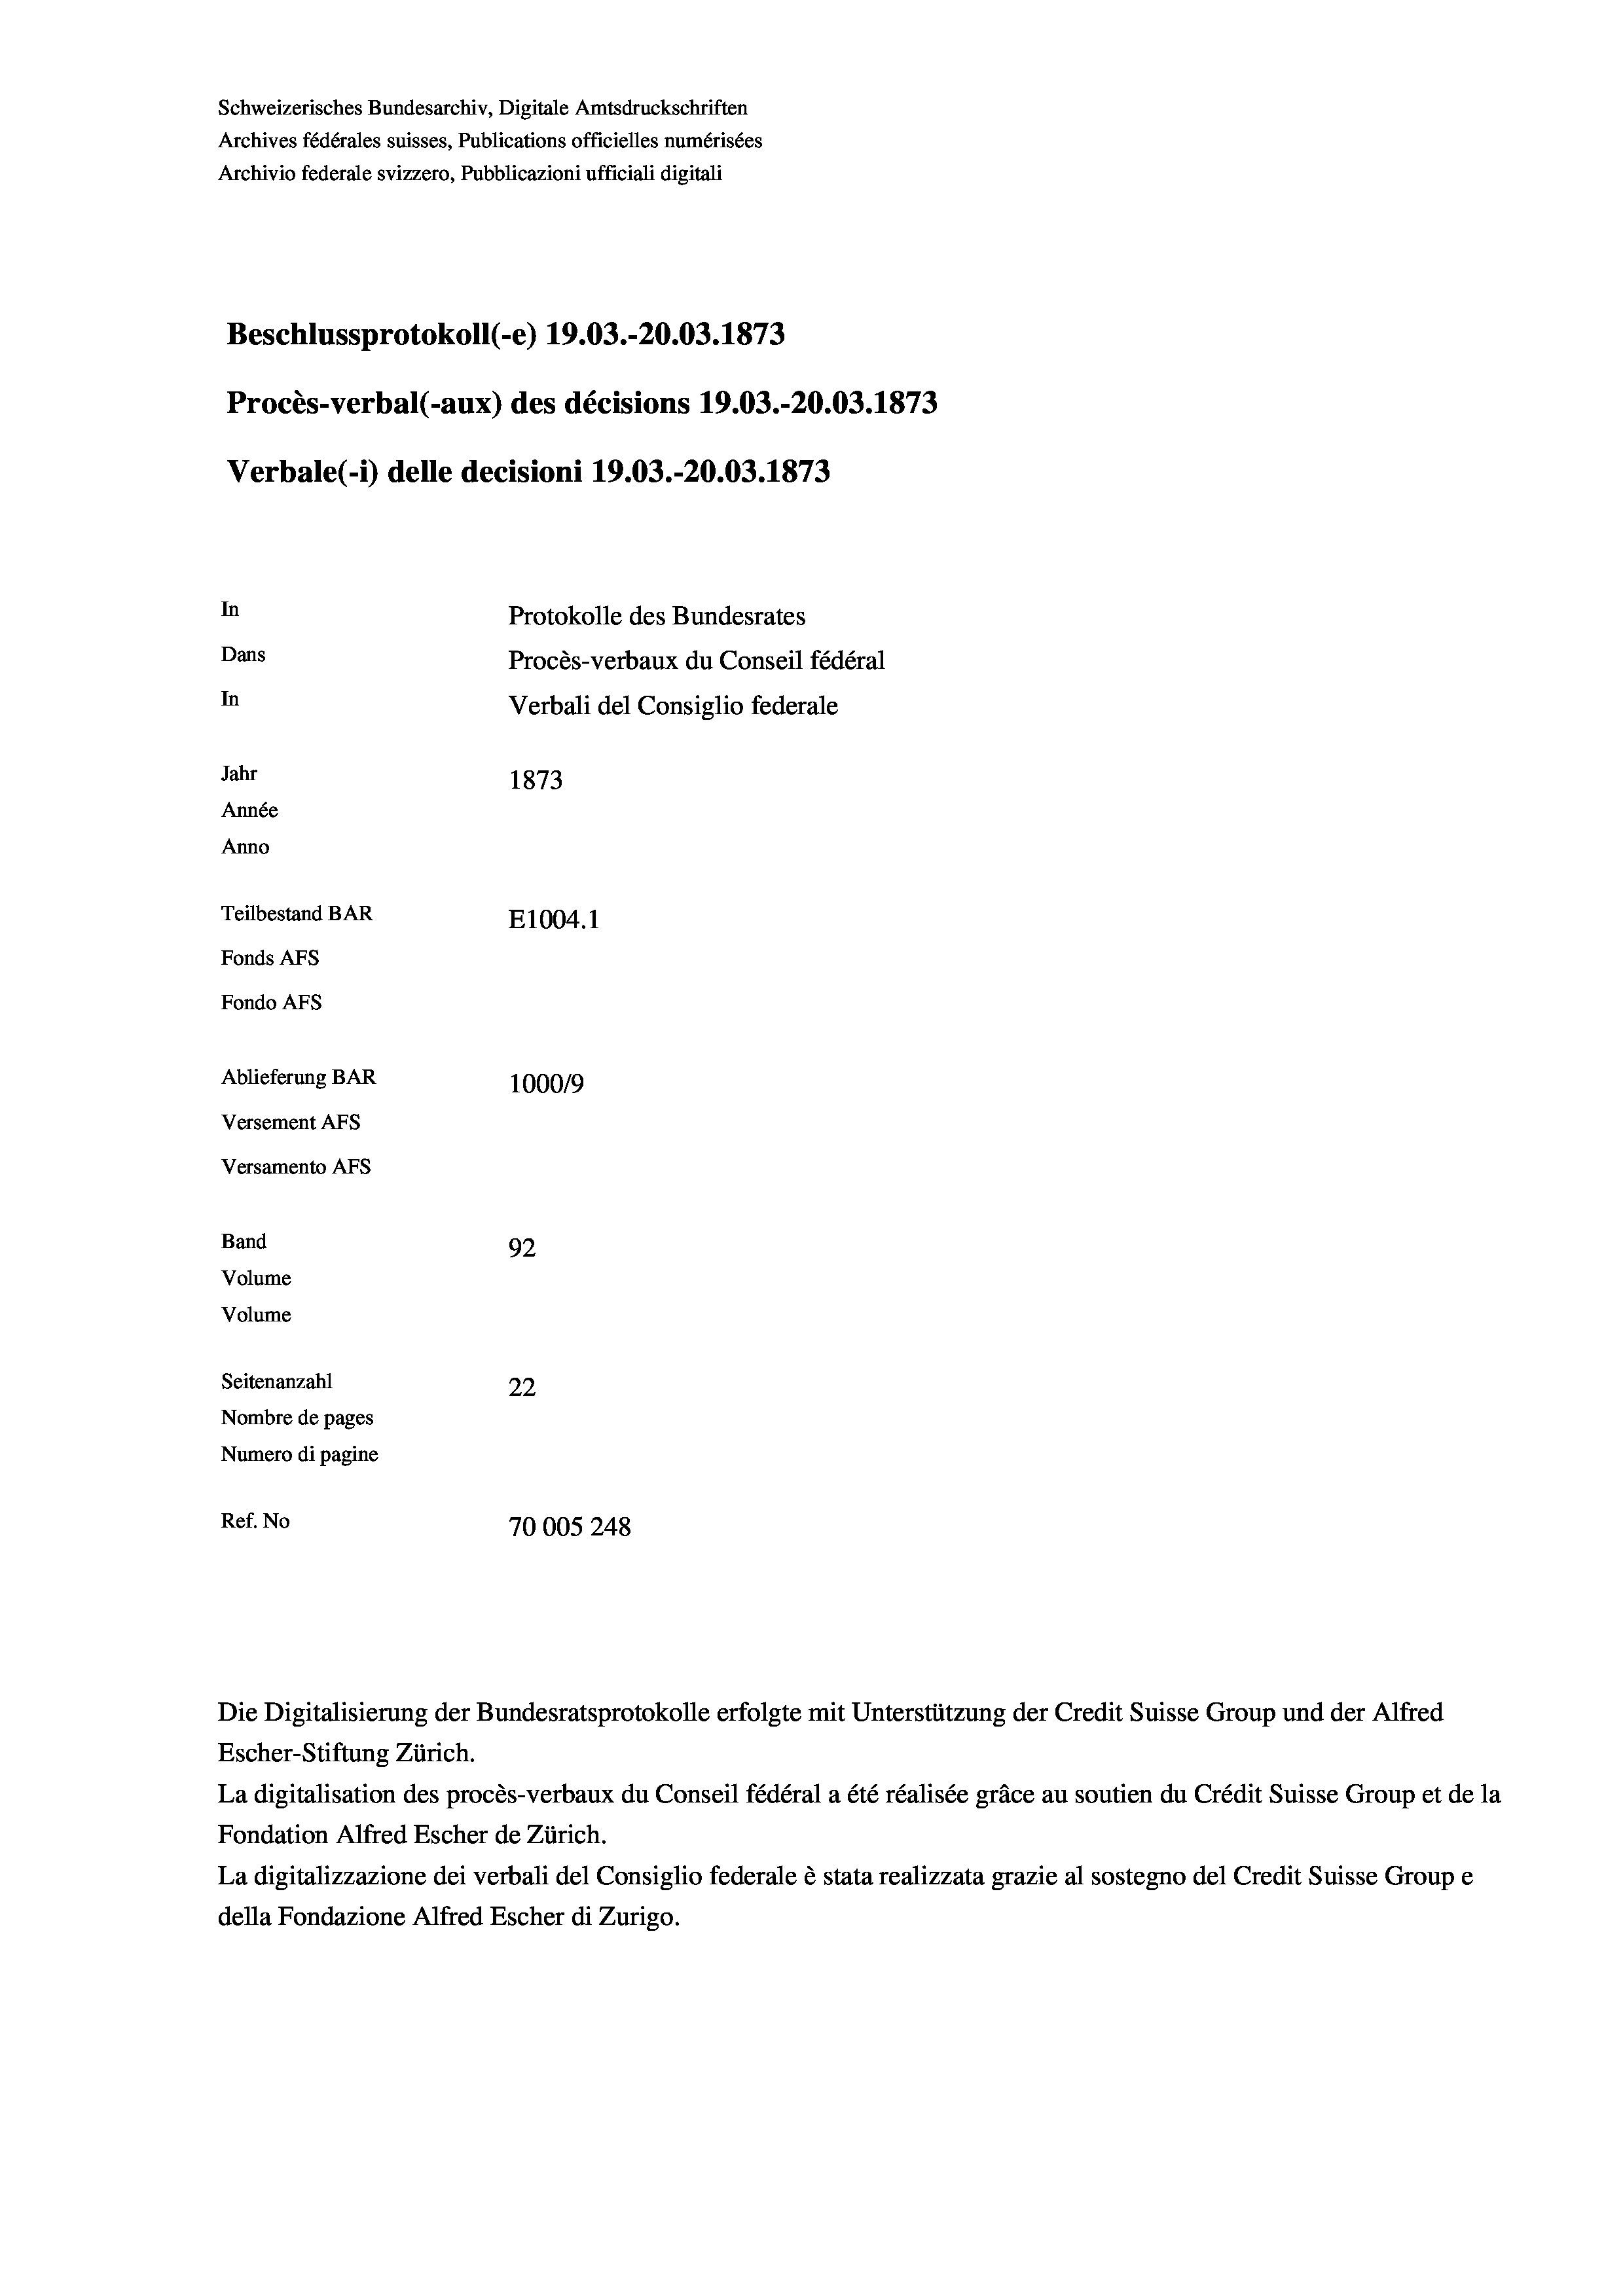
Schweizerisches Bundesarchiv, Digitale Amtsdruckschriften
Archives fédérales suisses, Publications officielles numérisées
Archivio federale svizzero, Pubblicazioni ufficiali digitali
Beschlussprotokoll (-e) 19.03.-20.03. 1873
Procès-verbal (-aux) des décisions 19.03.-20.03. 1873
Verbale (1) delle decisioni 19.03.-20.03. 1873
In
Protokolle des Bundesrates
Dans
Procès-verbaux du Conseil fédéral
In
Verbali del Consiglio federale
Jahr
1873
Année
Anno
Teilbestand BAR
E1004.1
Fonds AEs
Fondo Afs
Ablieferung BAR
100019
Versement AFs
Versamento Afs
Band
92
Volume
Volume
Seitenanzahl
22
Nombre de pages
Numero di pagine
Ref. No
70005 248

Die Digitalisierung der Bundesratsprotokolle erfolgte mit Unterstützung der Credit Suisse Group und der Alfred

Escher-Stiftung Zürich.
La digitalisation des procès-verbaux du Conseil fédéral a été réalisée gräce au soutien du Crédit Suisse Group et de la
Fondation Alfred Escher de Zürich.
La digitalizzazione dei verbali del Consiglio federale è stata realizzata grazie al sostegno del Credit Suisse Groupe
della Fondazione Alfred Escher di Zurigo.